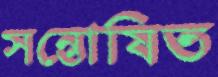
সন্তোষিত